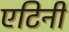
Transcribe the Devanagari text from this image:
एटिनी